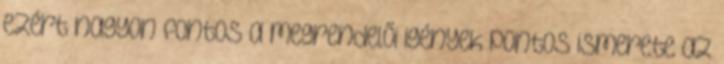
ezért nagyon fontos a megrendelői igények pontos ismerete az